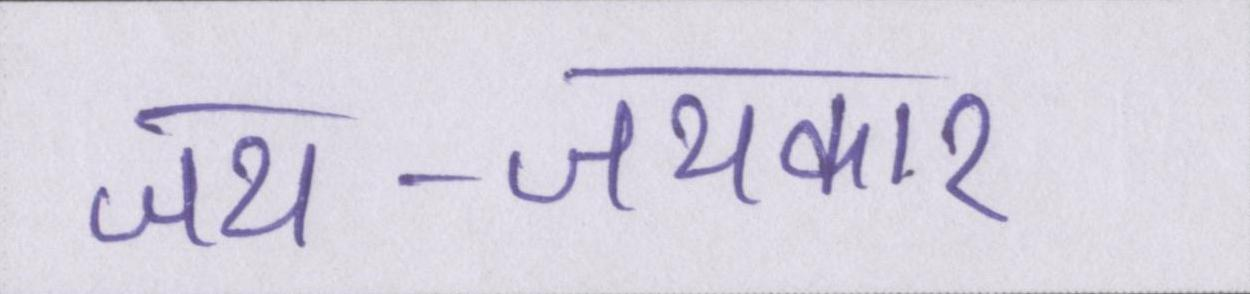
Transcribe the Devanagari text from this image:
जय-जयकार